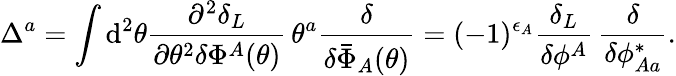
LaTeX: \Delta^{a}=\int\mathrm{d}^{2}\theta\frac{{\partial^{2}\delta_{L}}}{{\partial\theta^{2}\delta\Phi^{A}(\theta)}}\, \theta^{a}\frac{{\delta}}{{\delta\bar{{\Phi}}_{A}(\theta)}}=(-1)^{\epsilon_{A}}\frac{{\delta_{L}}}{{\delta\phi^{A}}}\, \frac{{\delta}}{{\delta\phi_{Aa}^{*}}}.